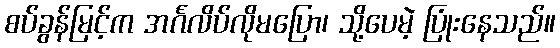
စပ်ခွန်မြင့်က အင်္ဂလိပ်လိုမပြော၊ သို့ပေမဲ့ ပြုံးနေသည်။